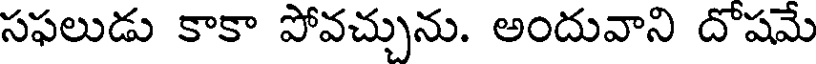
సఫలుడు కాకా పోవచ్చును. అందువాని దోషమే